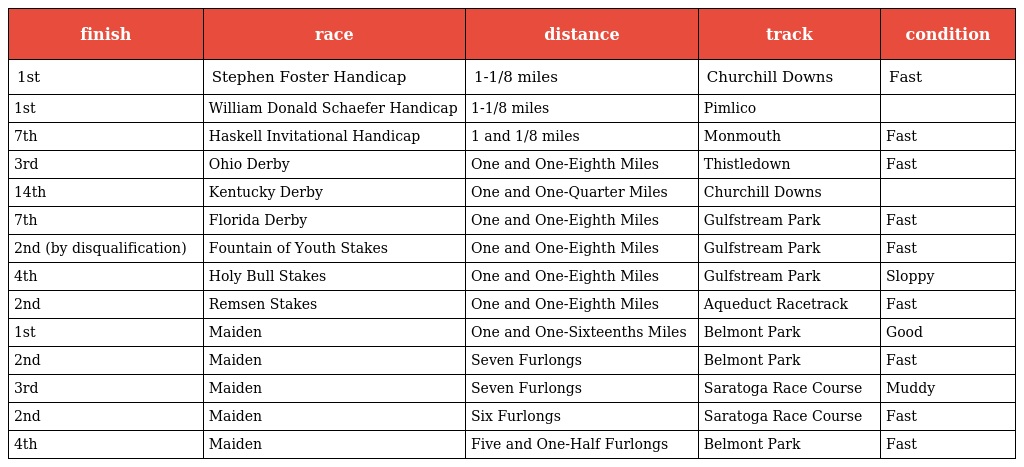
| finish | race | distance | track | condition |
 | --- | --- | --- | --- | --- |
 | 1st | Stephen Foster Handicap | 1-1/8 miles | Churchill Downs | Fast |
 | 1st | William Donald Schaefer Handicap | 1-1/8 miles | Pimlico |  |
 | 7th | Haskell Invitational Handicap | 1 and 1/8 miles | Monmouth | Fast |
 | 3rd | Ohio Derby | One and One-Eighth Miles | Thistledown | Fast |
 | 14th | Kentucky Derby | One and One-Quarter Miles | Churchill Downs |  |
 | 7th | Florida Derby | One and One-Eighth Miles | Gulfstream Park | Fast |
 | 2nd (by disqualification) | Fountain of Youth Stakes | One and One-Eighth Miles | Gulfstream Park | Fast |
 | 4th | Holy Bull Stakes | One and One-Eighth Miles | Gulfstream Park | Sloppy |
 | 2nd | Remsen Stakes | One and One-Eighth Miles | Aqueduct Racetrack | Fast |
 | 1st | Maiden | One and One-Sixteenths Miles | Belmont Park | Good |
 | 2nd | Maiden | Seven Furlongs | Belmont Park | Fast |
 | 3rd | Maiden | Seven Furlongs | Saratoga Race Course | Muddy |
 | 2nd | Maiden | Six Furlongs | Saratoga Race Course | Fast |
 | 4th | Maiden | Five and One-Half Furlongs | Belmont Park | Fast |